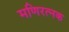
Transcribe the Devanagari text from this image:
मणिरत्‍नक